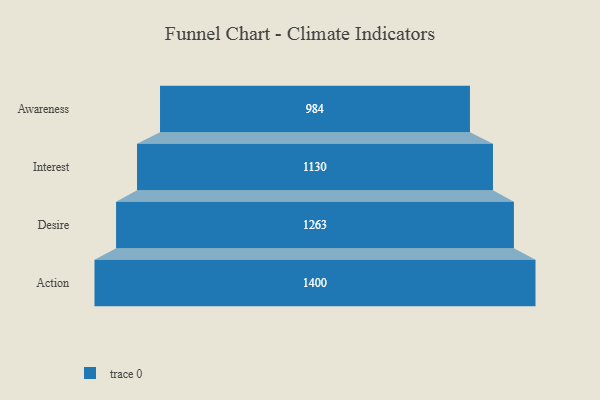
{"axis": {"x": "Stage", "y": "Value"}, "legend": [""], "data": [{"x": "Awareness", "y": 984.0, "type": ""}, {"x": "Interest", "y": 1130.0, "type": ""}, {"x": "Desire", "y": 1263.0, "type": ""}, {"x": "Action", "y": 1400.0, "type": ""}]}